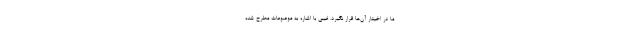
ما در اخیتار آن‌ها قرار نگیرد. غیبی با اشاره به موضوعات مطرح شده